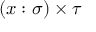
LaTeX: ( x : \sigma ) \times \tau